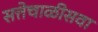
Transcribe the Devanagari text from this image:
सत्तेचाळीसवा